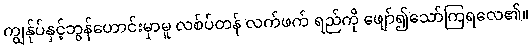
ကျွန်ုပ်နှင့်ဘွန်ဟောင်းမှာမူ လစ်ပ်တန် လက်ဖက် ရည်ကို ဖျော်၍သော်ကြရလေ၏။